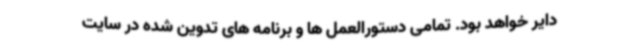
دایر خواهد بود. تمامی دستورالعمل ها و برنامه های تدوین شده در سایت